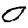
Digit: 0